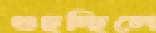
গুছচ্ছিলে